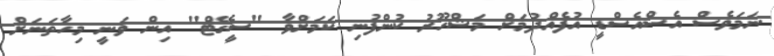
ނަމަވެސް އެސްއެސްޑީ އުފެއްދުމަށް މަޝްހޫރު ކުންފުނި ކަމަށްވާ "ސީގޭޓް" އިން ވަނީ މިހާތަނަށް